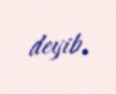
deyib.